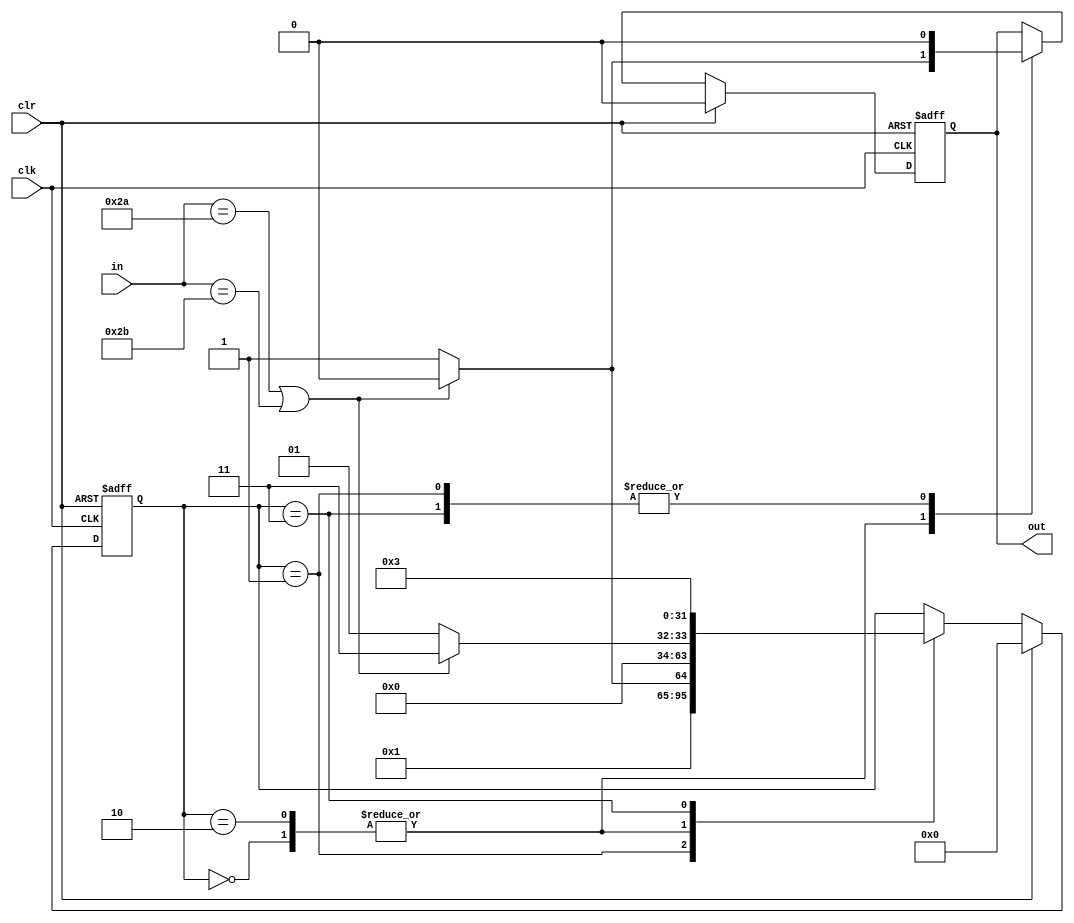
`timescale 1ns / 1ps
//////////////////////////////////////////////////////////////////////////////////
// Company: 
// Engineer: 
// 
// Design Name: 
// Module Name:    string 
// Project Name: 
// Target Devices: 
// Tool versions: 
// Description: 
//
// Dependencies: 
//
// Revision: 
// Revision 0.01 - File Created
// Additional Comments: 
//
//////////////////////////////////////////////////////////////////////////////////
module string(
    input clk,
    input clr,
    input [7:0] in,
    output reg out
    );
	integer state;
	
	initial begin
		state = 0;
		out = 0;
	end
	
	always @(posedge clk or posedge clr) begin
		if (clr) begin
			state = 0;
			out = 0;
		end
		else begin
			if (clr) begin
				state = 0;
				out = 0;
			end
			else begin
				case (state)
					0:  if (in == 42 || in == 43) begin
							state = 3;
							out = 0;
						end
						else begin
							state = 1;
							out = 1;
						end
					1:  if (in == 42 || in == 43) begin
							state = 2;
							out = 0;
						end
						else begin
							state = 3;
							out = 0;
						end
					2:  if (in == 42 || in == 43) begin
							state = 3;
							out = 0;
						end
						else begin
							state = 1;
							out = 1;
						end
					3:  begin 
							state = 3;
							out = 0;
						end
				endcase		
			end
		end
	end

endmodule